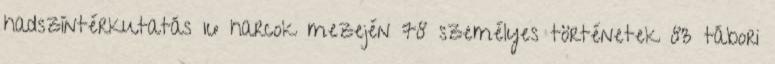
hadszíntérkutatás 16 harcok mezején 78 személyes történetek 83 tábori